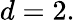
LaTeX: d=2.